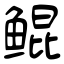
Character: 鲲